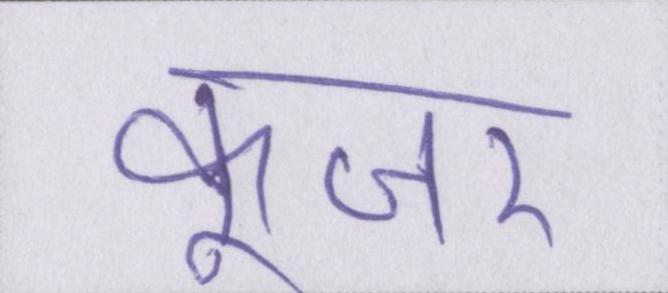
कूजर